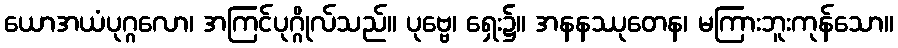
ယောအယံပုဂ္ဂလော၊ အကြင်ပုဂ္ဂိုလ်သည်။ ပုဗ္ဗေ၊ ရှေး၌။ အနနဿုတေန၊ မကြားဘူးကုန်သော။